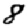
Digit: 8